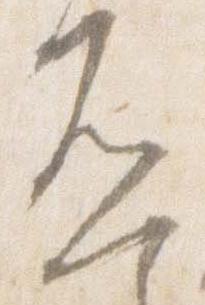
否